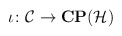
\begin{align*}\iota\colon{\cal C}\rightarrow{\bf CP}({\cal H})\end{align*}